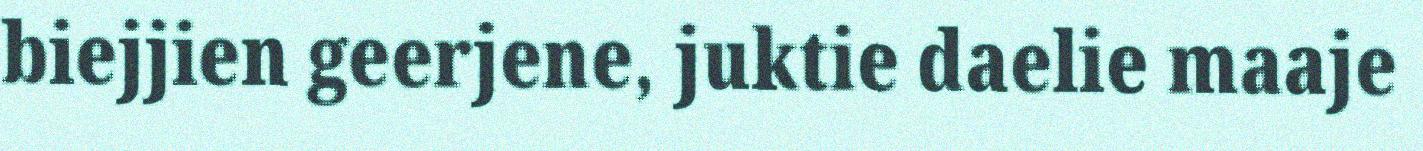
biejjien geerjene, juktie daelie maaje